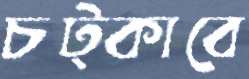
চট্‌কাবে